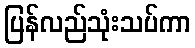
ပြန်လည်သုံးသပ်ကာ